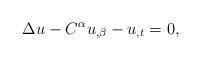
LaTeX: \begin{align*}\Delta u-C^{\alpha }u_{,\beta }-u_{,t}=0, \end{align*}